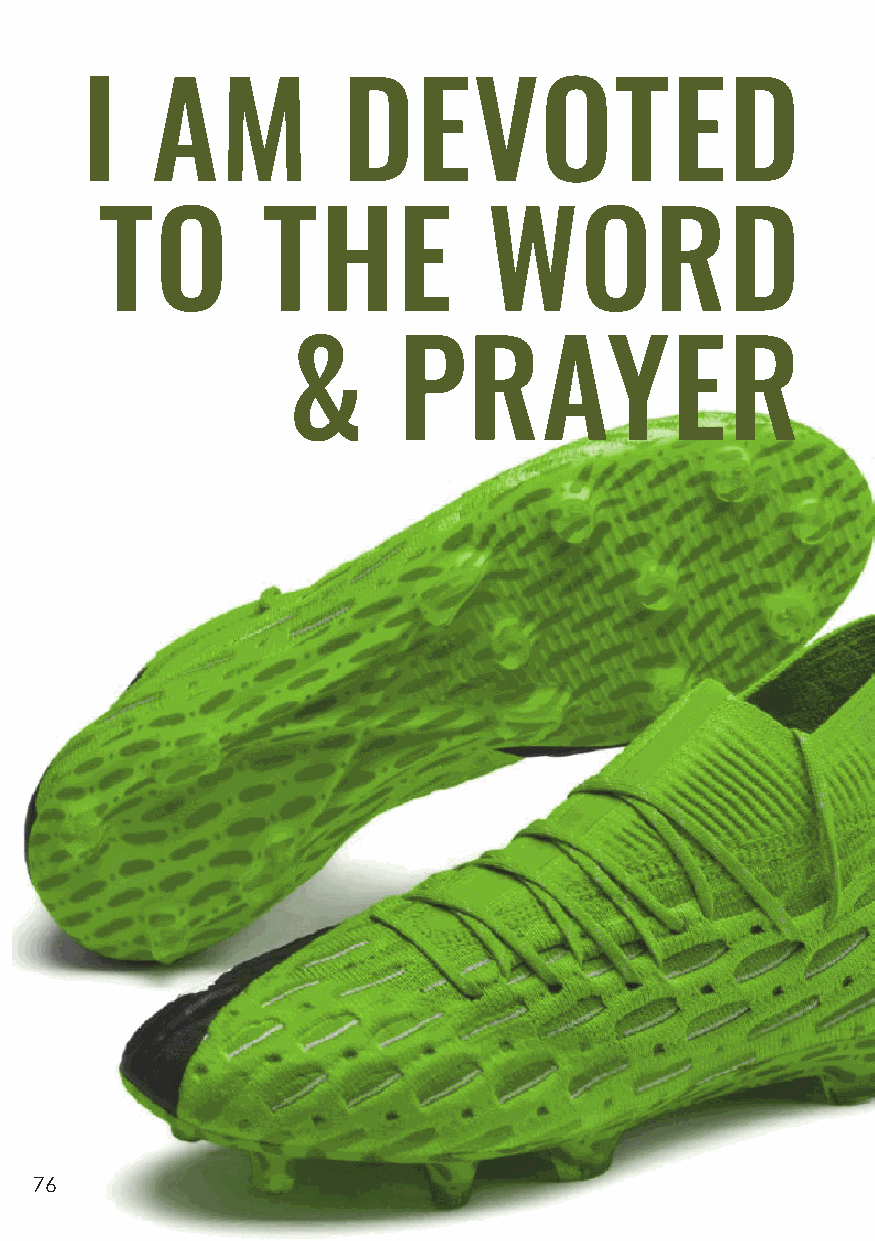
I    AM           DEVOTED
 TO        THE            WORD
 &      PRAYER
 76